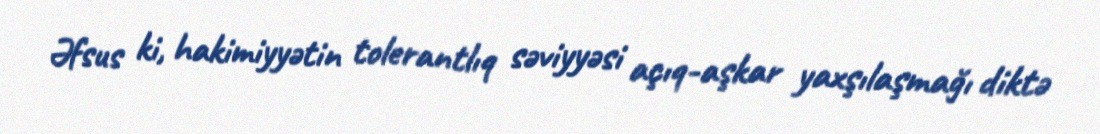
Əfsus ki, hakimiyyətin tolerantlıq səviyyəsi açıq-aşkar yaxşılaşmağı diktə